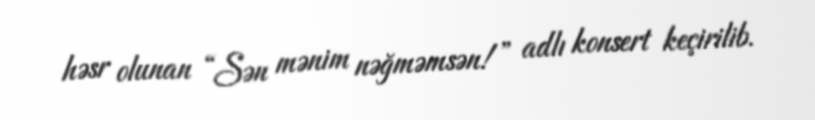
həsr olunan “Sən mənim nəğməmsən!” adlı konsert keçirilib.